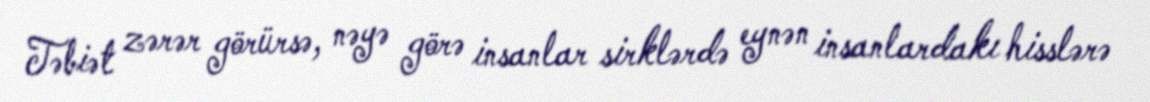
Təbiət zərər görürsə, nəyə görə insanlar sirklərdə eynən insanlardakı hisslərə